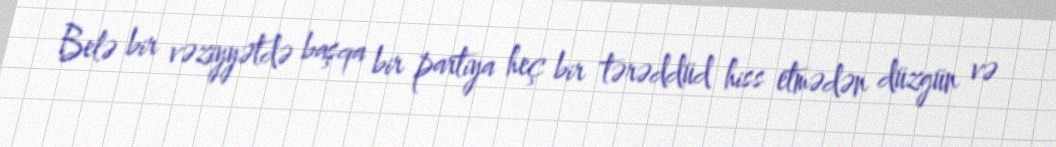
Belə bir vəziyyətdə başqa bir partiya heç bir tərəddüd hiss etmədən düzgün və